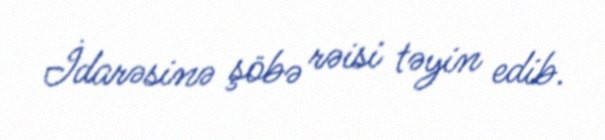
İdarəsinə şöbə rəisi təyin edib.